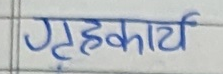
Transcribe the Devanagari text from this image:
गृहकार्य